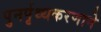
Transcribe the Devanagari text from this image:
पुनर्पृथ्थकरणाने